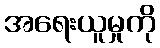
အရေးယူမှုကို